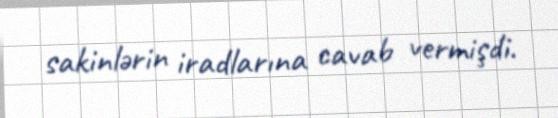
sakinlərin iradlarına cavab vermişdi.